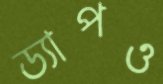
ড্যাপও